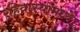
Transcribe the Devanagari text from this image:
रहिवास्यांमध्ये